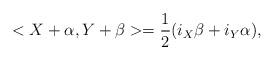
\begin{align*}<X+\alpha,Y+\beta>=\frac{1}{2}(i_X\beta+i_Y\alpha),\end{align*}